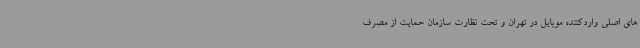
های اصلی واردکننده موبایل در تهران و تحت نظارت سازمان حمایت از مصرف